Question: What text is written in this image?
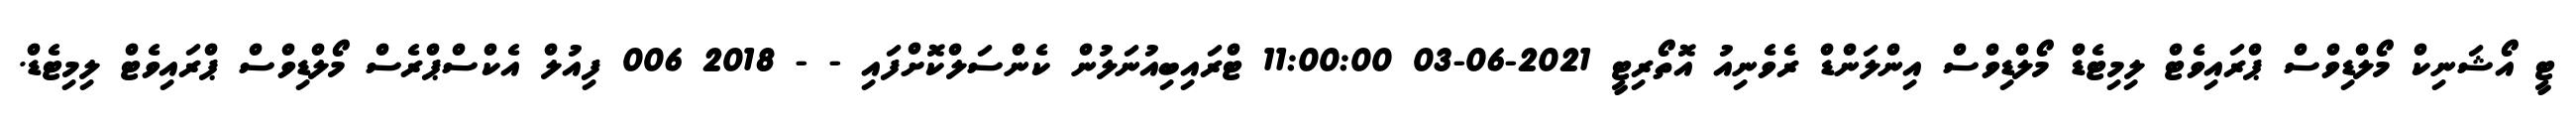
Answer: ޓީ އޯޝަނިކް މޯލްޑިވްސް ޕްރައިވެޓް ލިމިޓެޑް މޯލްޑިވްސް އިންލަންޑް ރެވެނިއު އޮތޯރިޓީ 2021-06-03 11:00:00 ޓްރައިބިއުނަލުން ކެންސަލްކޮށްފައި - - 2018 006 ފިއުލް އެކްސްޕްރެސް މޯލްޑިވްސް ޕްރައިވެޓް ލިމިޓެޑް.